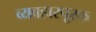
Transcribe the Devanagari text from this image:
व्यवहारपूरक